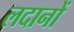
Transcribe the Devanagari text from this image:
लदानों